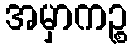
အမှာကဉ္စ